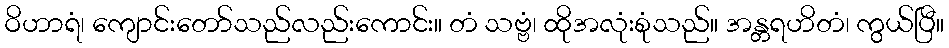
ဝိဟာရံ၊ ကျောင်းတော်သည်လည်းကောင်း။ တံ သဗ္ဗံ၊ ထိုအလုံးစုံသည်။ အန္တရဟိတံ၊ ကွယ်ပြီ။